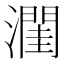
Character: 𪷭